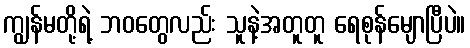
ကျွန်မတို့ရဲ့ ဘဝတွေလည်း သူနဲ့အတူတူ ရေစုန်မျောပြီပဲ။